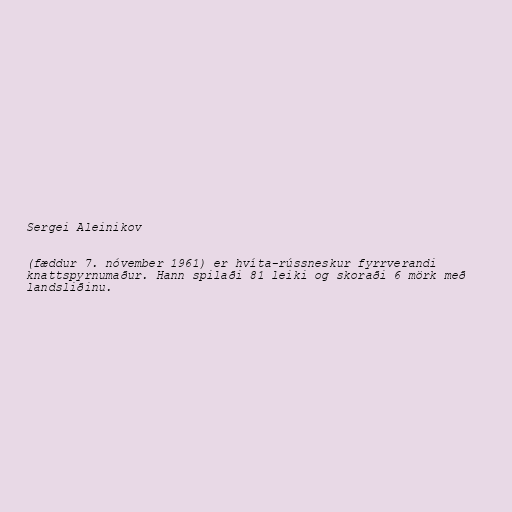
Sergei Aleinikov

(fæddur 7. nóvember 1961) er hvíta-rússneskur fyrrverandi
knattspyrnumaður. Hann spilaði 81 leiki og skoraði 6 mörk með
landsliðinu.